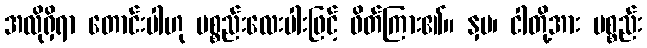
အလိုရှိရာ တောင်းပါဟု ပစ္စည်းလေးပါးဖြင့် ဖိတ်ကြား၏။ နှမ၊ ငါတို့အား ပစ္စည်း